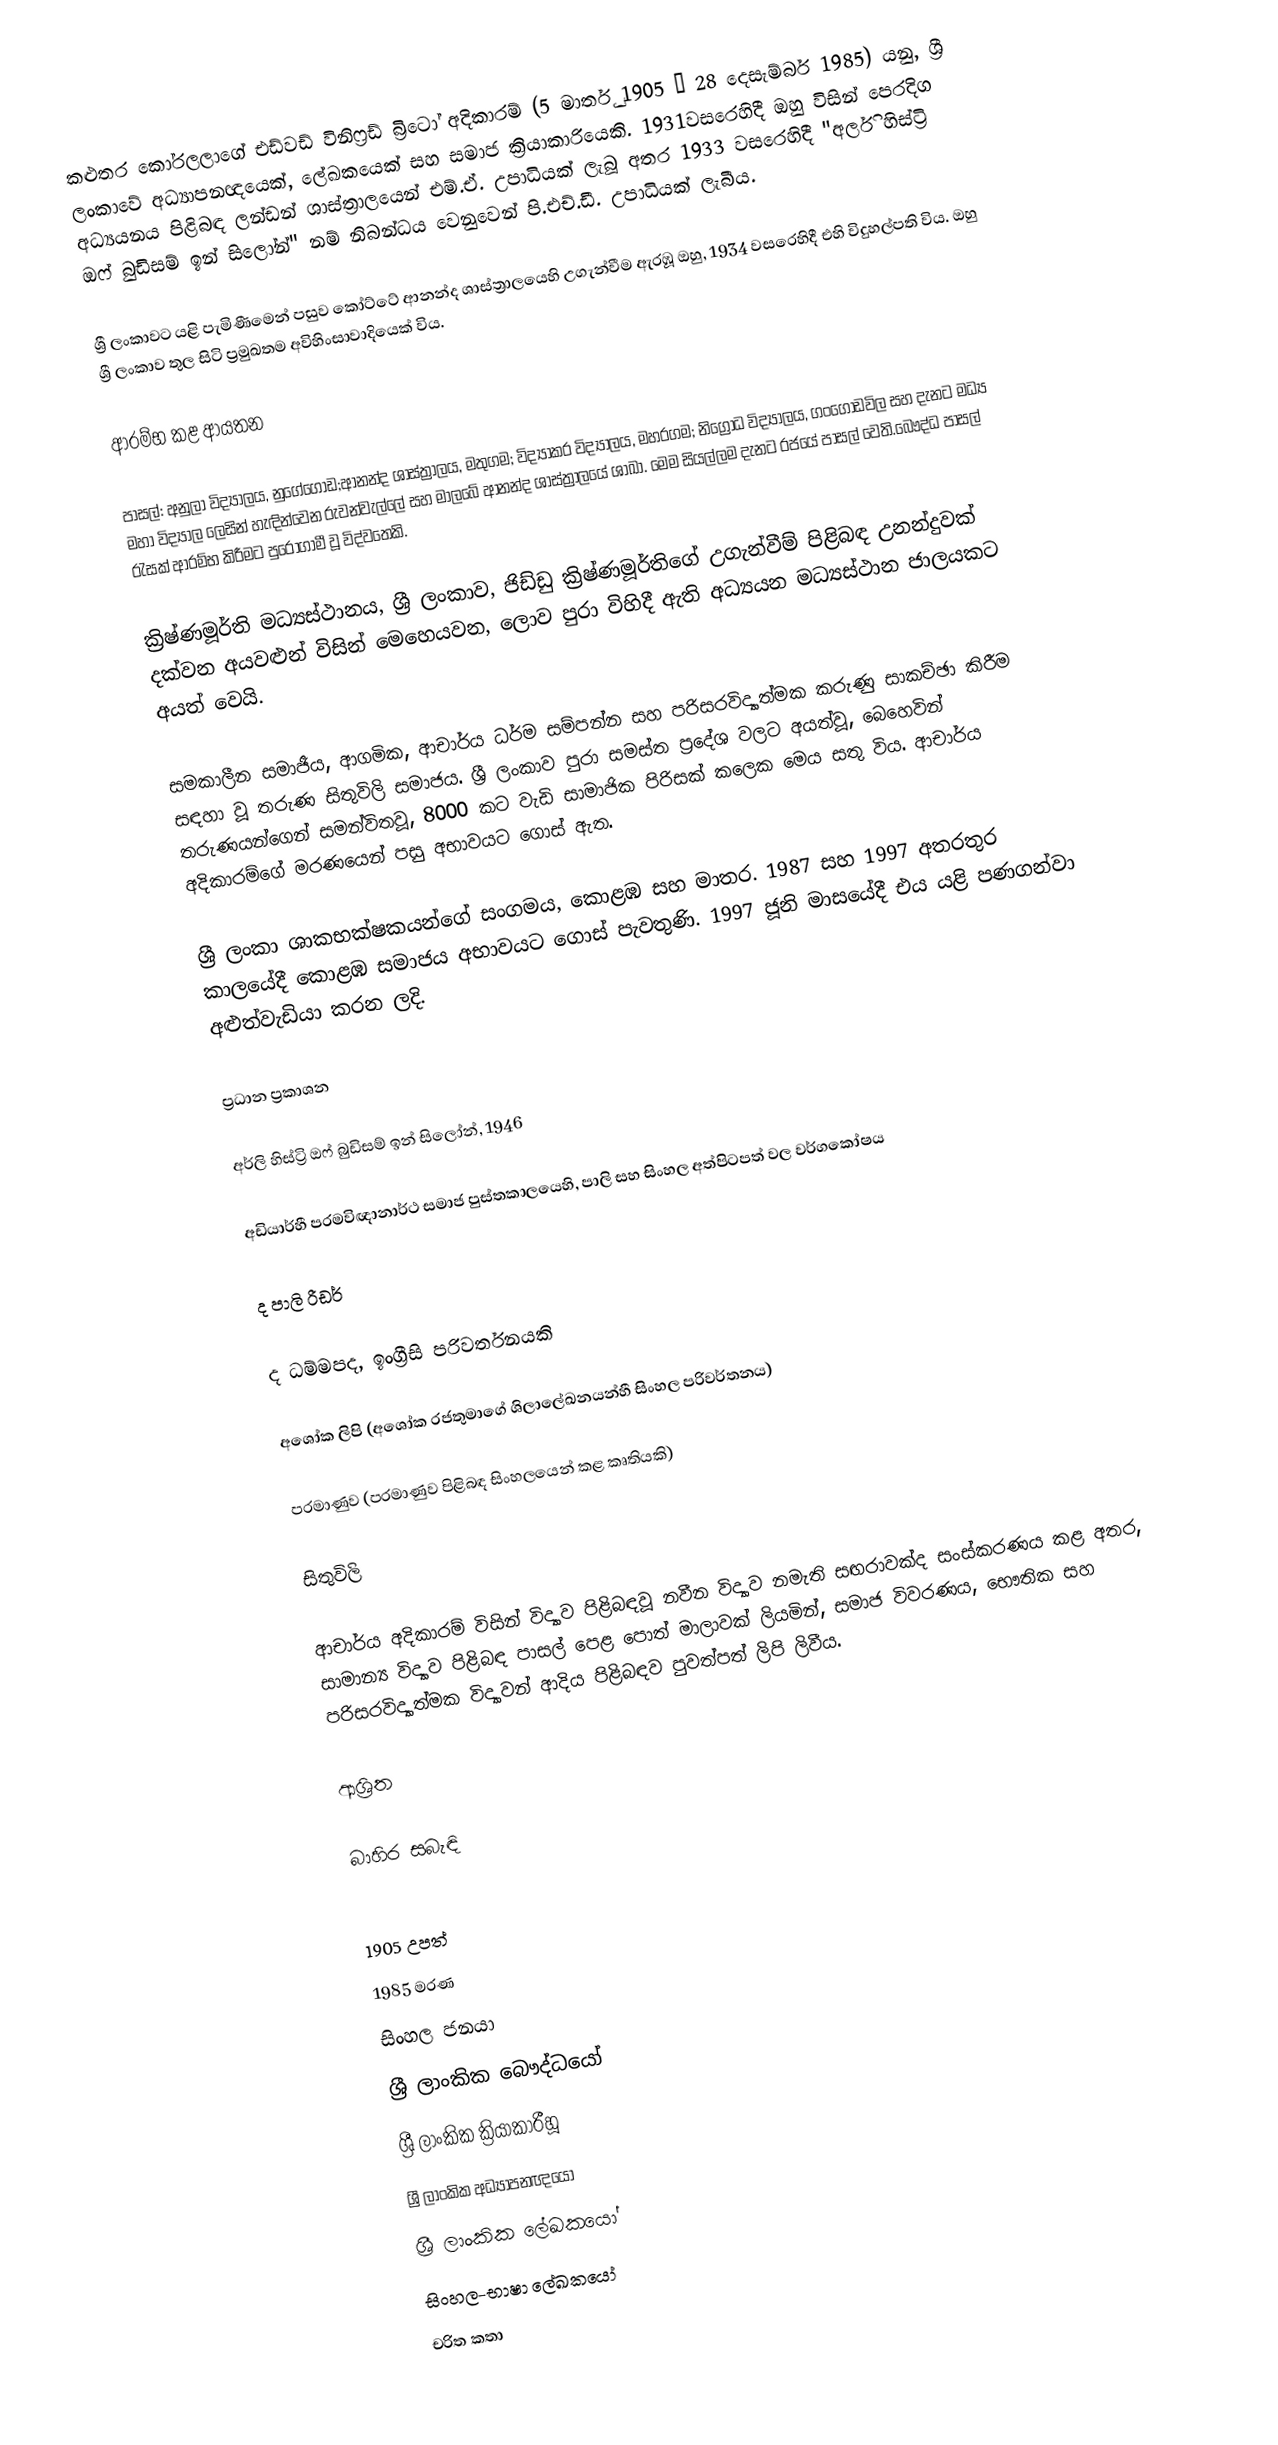
කළුතර කෝරලලාගේ එඩ්වඩ් විනිෆ්‍රඩ් බ්‍රිටෝ අදිකාරම් (5 මාර්තු 1905 – 28 දෙසැම්බර් 1985) යනු,  ශ්‍රී ලංකාවේ අධ්‍යාපනඥයෙක්, ලේඛකයෙක් සහ සමාජ ක්‍රියාකාරියෙකි. 1931වසරෙහිදී ඔහු විසින් පෙරදිග අධ්‍යයනය පිළිබඳ ලන්ඩන් ශාස්ත්‍රාලයෙන් එම්.ඒ. උපාධියක් ලැබූ අතර 1933 වසරෙහිදී  "අර්ලි හිස්ට්‍රි ඔෆ් බුඩිසම් ඉන් සිලෝන්" නම් නිබන්ධය වෙනුවෙන් පි.එච්.ඩී. උපාධියක් ලැබීය.

ශ්‍රී ලංකාවට යළි පැමිණීමෙන් පසුව  කෝට්ටේ ආනන්ද ශාස්ත්‍රාලයෙහි උගැන්වීම ඇරඹූ ඔහු, 1934 වසරෙහිදී එහි විදුහල්පති විය. ඔහු ශ්‍රී ලංකාව තුල සිටි ප්‍රමුඛතම අවිහිංසාවාදියෙක් විය.

ආරම්භ කළ ආයතන

පාසල්: අනුලා විද්‍යාලය, නුගේගොඩ;ආනන්ද ශාස්ත්‍රාලය, මතුගම; විද්‍යාකර විද්‍යාලය, මහරගම; නිග්‍රෝධ විද්‍යාලය, ගංගොඩවිල සහ දැනට මධ්‍ය මහා විද්‍යාල ලෙසින් හැඳින්වෙන රුවන්වැල්ලේ සහ මාලබේ ආනන්ද ශාස්ත්‍රාලයේ ශාඛා. මෙම සියල්ලම දැනට රජයේ පාසල් වෙති.බෞද්ධ පාසල් රැසක් ආරම්භ කිරීමට පුරෝගාමී වූ විද්වතෙකි.

ක්‍රිෂ්ණමූර්ති මධ්‍යස්ථානය, ශ්‍රී ලංකාව, ජිඩ්ඩු ක්‍රිෂ්ණමූර්තිගේ උගැන්වීම් පිළිබඳ උනන්දුවක් දක්වන අයවළුන් විසින් මෙහෙයවන, ලොව පුරා විහිදී ඇති අධ්‍යයන මධ්‍යස්ථාන ජාලයකට අයත් වෙයි.

සමකාලීන සමාජීය, ආගමික, ආචාර්ය ධර්ම සම්පන්න සහ පරිසරවිද්‍යාත්මක කරුණු සාකච්ඡා කිරීම සඳහා වූ තරුණ සිතුවිලි සමාජය. ශ්‍රී ලංකාව පුරා සමස්ත ප්‍රදේශ වලට අයත්වූ, බෙහෙවින් තරුණයන්ගෙන් සමන්විතවූ, 8000 කට වැඩි සාමාජික පිරිසක් කලෙක මෙය සතු විය. ආචාර්ය අදිකාරම්ගේ මරණයෙන් පසු අභාවයට ගොස් ඇත.

ශ්‍රී ලංකා ශාකභක්ෂකයන්ගේ සංගමය, කොළඹ සහ මාතර. 1987 සහ 1997 අතරතුර කාලයේදී කොළඹ සමාජය අභාවයට ගොස් පැවතුණි. 1997 ජූනි මාසයේදී එය යළි පණගන්වා අළුත්වැඩියා කරන ලදි.

ප්‍රධාන ප්‍රකාශන

අර්ලි හිස්ට්‍රි ඔෆ් බුඩිසම් ඉන් සිලෝන්, 1946

අඩියාර්හී පරමවිඥානාර්ථ සමාජ පුස්තකාලයෙහි, පාලි සහ සිංහල අත්පිටපත් වල වර්ගකෝෂය

ද පාලි රීඩර්

ද ධම්මපද, ඉංග්‍රීසි පරිවර්තනයකි

අශෝක ලිපි (අශෝක රජතුමාගේ ශිලාලේඛනයන්හී සිංහල පරිවර්තනය)

පරමාණුව (පරමාණුව පිළිබඳ සිංහලයෙන් කළ කෘතියකි)

සිතුවිලි

ආචාර්ය අදිකාරම් විසින් විද්‍යාව පිළිබඳවූ නවීන විද්‍යාව නමැති සඟරාවක්ද සංස්කරණය කළ අතර, සාමාන්‍ය විද්‍යාව පිළිබඳ පාසල් පෙළ පොත් මාලාවක් ලියමින්, සමාජ විවරණය, භෞතික සහ පරිසරවිද්‍යාත්මක විද්‍යාවන් ආදිය පිළිබඳව පුවත්පත් ලිපි ලිවීය.

ආශ්‍රිත

බාහිර සබැඳි

1905 උපත්
1985 මරණ
සිංහල ජනයා
ශ්‍රී ලාංකික බෞද්ධයෝ
ශ්‍රී ලාංකික ක්‍රියාකාරීහූ
ශ්‍රී ලාංකික අධ්‍යාපනඥයෝ
ශ්‍රී ලාංකික ලේඛකයෝ
සිංහල-භාෂා ලේඛකයෝ
චරිත කතා